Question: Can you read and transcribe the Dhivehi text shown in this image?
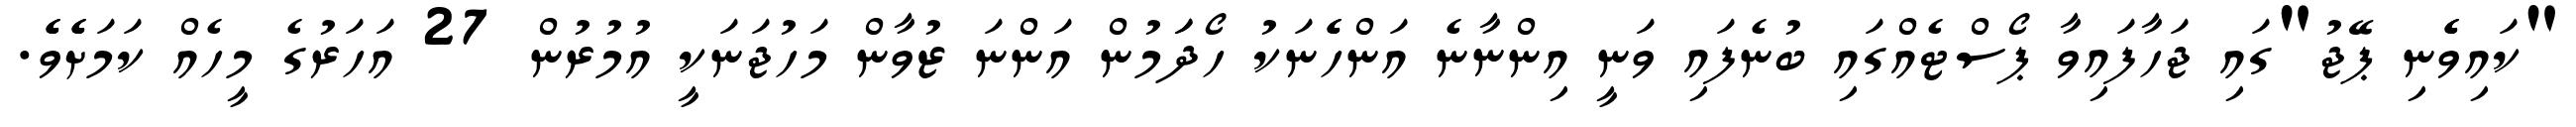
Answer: "ކައިވެެނި ޕޭޖު"ގައި ޖަހާފައިވާ ޕޯސްޓެއްގައި ބުނެފައި ވަނީ އިންނާނެ އަންހެެނަކު ހޯދަަމުން އަންނަ ޒުވާން މަހުޖަނަކީ އުމުރުން 27 އަހަރުގެ މީހެއް ކަމަށެެވެެ.